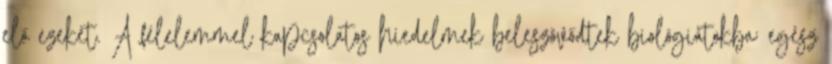
elő ezeket. A félelemmel kapcsolatos hiedelmek beleszövődtek biológiátokba; egész